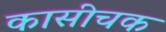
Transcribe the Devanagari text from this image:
कासीचक